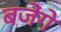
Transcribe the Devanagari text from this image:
बजेंगे